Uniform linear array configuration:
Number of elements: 8
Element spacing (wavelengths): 0.75
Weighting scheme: binomial
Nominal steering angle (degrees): -60
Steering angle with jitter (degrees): -59.877
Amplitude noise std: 0.05
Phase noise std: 0.05

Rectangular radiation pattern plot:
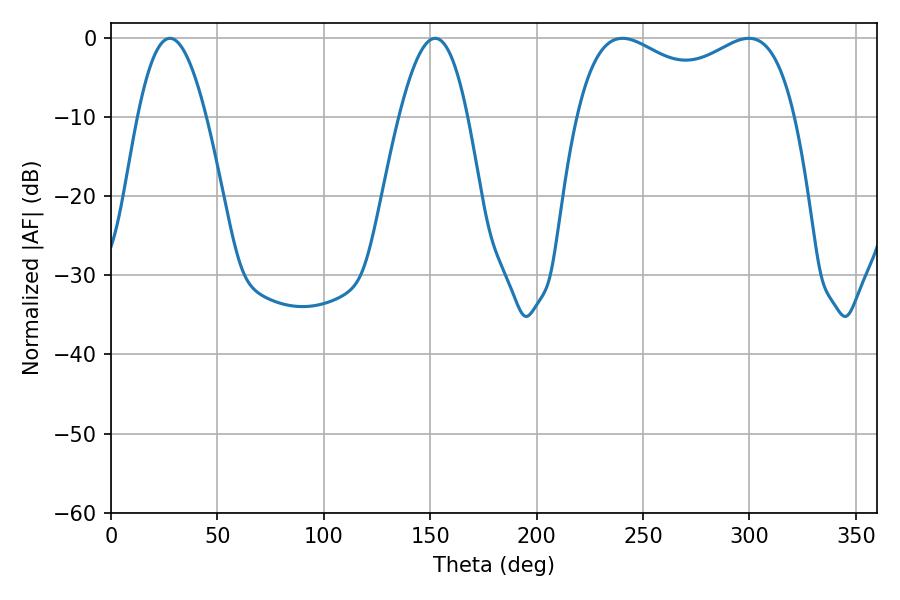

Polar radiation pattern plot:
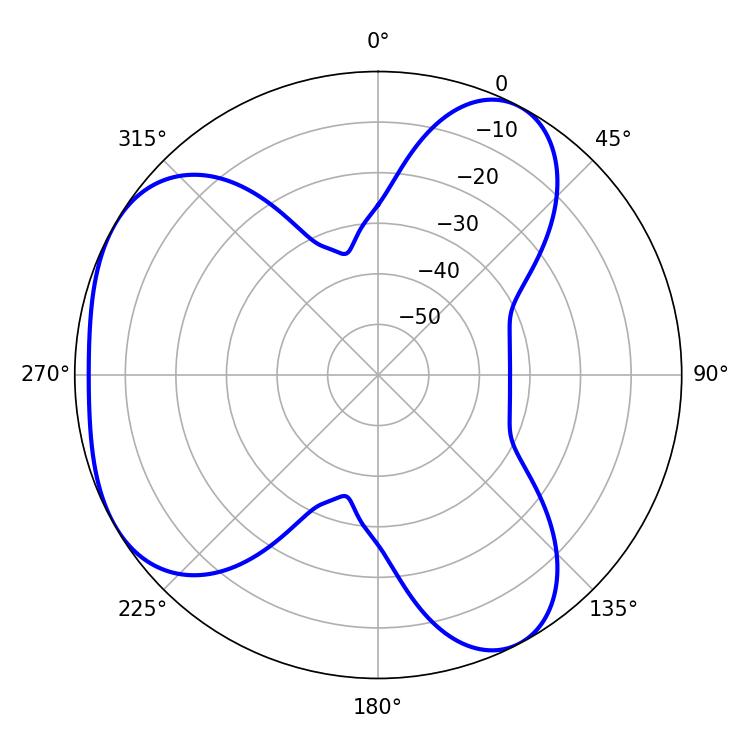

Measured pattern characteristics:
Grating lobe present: TRUE
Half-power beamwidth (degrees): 85.32
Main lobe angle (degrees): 240.3